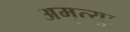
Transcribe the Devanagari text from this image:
अमृत्युः